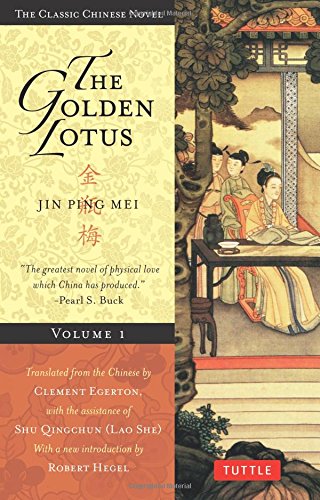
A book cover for The Golden Lotus Volume 1: Jin Ping Mei (Tuttle Classics); Lanling Xiaoxiaosheng; Romance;